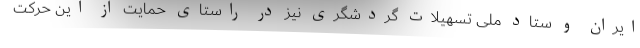
ایران و ستاد ملی تسهیلات گردشگری نیز در راستای حمایت از این حرکت